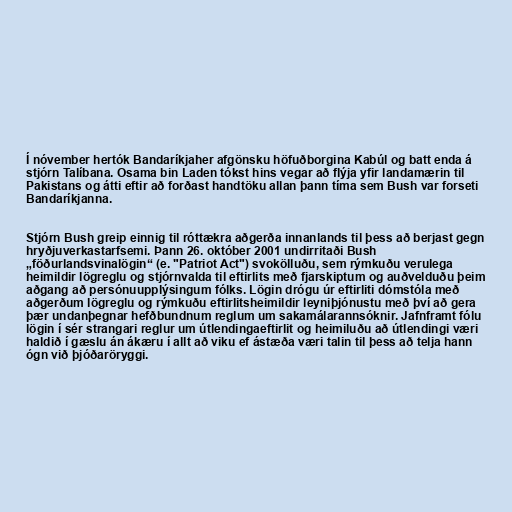
Í nóvember hertók Bandaríkjaher afgönsku höfuðborgina Kabúl og batt enda á
stjórn Talíbana. Osama bin Laden tókst hins vegar að flýja yfir landamærin til
Pakistans og átti eftir að forðast handtöku allan þann tíma sem Bush var forseti
Bandaríkjanna.

Stjórn Bush greip einnig til róttækra aðgerða innanlands til þess að berjast gegn
hryðjuverkastarfsemi. Þann 26. október 2001 undirritaði Bush
„föðurlandsvinalögin“ (e. "Patriot Act") svokölluðu, sem rýmkuðu verulega
heimildir lögreglu og stjórnvalda til eftirlits með fjarskiptum og auðvelduðu þeim
aðgang að persónuupplýsingum fólks. Lögin drógu úr eftirliti dómstóla með
aðgerðum lögreglu og rýmkuðu eftirlitsheimildir leyniþjónustu með því að gera
þær undanþegnar hefðbundnum reglum um sakamálarannsóknir. Jafnframt fólu
lögin í sér strangari reglur um útlendingaeftirlit og heimiluðu að útlendingi væri
haldið í gæslu án ákæru í allt að viku ef ástæða væri talin til þess að telja hann
ógn við þjóðaröryggi.